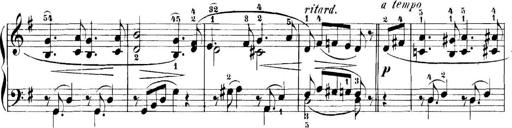
Title: 11 Sonatinas
Composer: Anton Diabelli